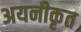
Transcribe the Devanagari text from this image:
अयनीकृत